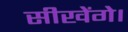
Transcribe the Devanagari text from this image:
सीखेंगे।